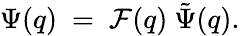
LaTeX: \Psi(q)~=~{\cal F}(q)~\tilde{\Psi}(q).